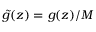
\tilde { g } ( z ) = g ( z ) / M